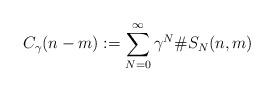
LaTeX: \begin{align*}C_{\gamma}(n-m):=\sum^{\infty}_{N=0} \gamma^N\# S_{N}(n,m)\end{align*}